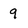
Character: 9